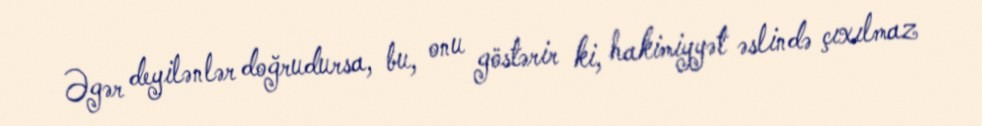
Əgər deyilənlər doğrudursa, bu, onu göstərir ki, hakimiyyət əslində çıxılmaz